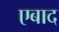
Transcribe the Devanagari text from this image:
एबाद